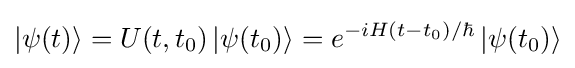
\left|\psi (t)\right\rangle =U(t,t_{0})\left|\psi (t_{0})\right\rangle =e^{-iH(t-t_{0})/\hbar }\left|\psi (t_{0})\right\rangle